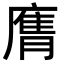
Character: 𭙶